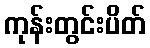
ကုန်းတွင်းပိတ်